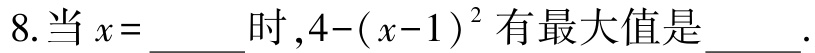
8.当\(x = \_\_\_\_\)时，\(4 - (x - 1)^2\)有最大值是\(\_\_\_\_\).